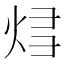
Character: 𰞝